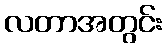
လတာအတွင်း